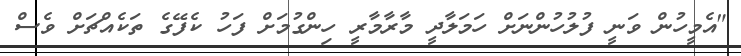
"އެމީހުން ވަނީ ފުލުހުންނަށް ހަމަލާދީ މާރާމާރީ ހިންގުމަށް ފަހު ކެފޭގެ ތަކެއްޗަށް ވެސް